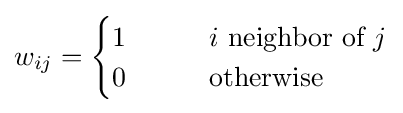
w_{ij}={\begin{cases}1\qquad &i{\text{ neighbor of }}j\\0&{\text{otherwise}}\end{cases}}